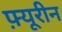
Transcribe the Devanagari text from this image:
फ़्यूरीन